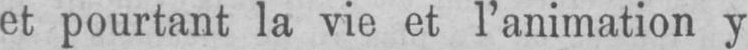
et pourtant la vie et l’animation y